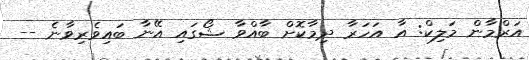
އަރްމާން މަލިކް: އާ އަހަރާ ދިމާކޮށް ބާއްވާ ޝޯގައި އޭނާ ބައިވެރިވާނެ --